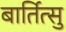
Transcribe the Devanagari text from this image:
बार्तित्सु